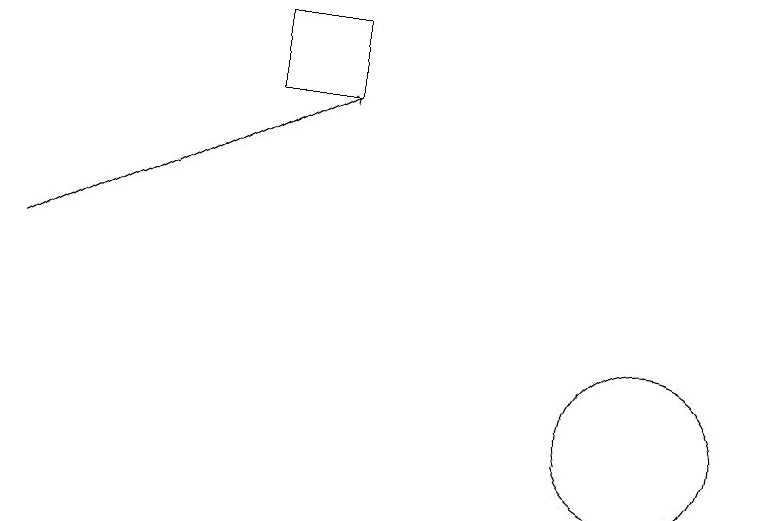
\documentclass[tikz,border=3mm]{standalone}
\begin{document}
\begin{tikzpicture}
\draw[->] (2,13) -- (6,15);
\draw (5,15) rectangle (6,16);
\draw (10,11) circle (1);
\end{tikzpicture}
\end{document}